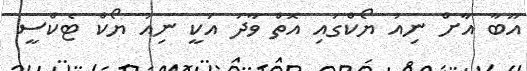
އޫބާ އާށް ނިއު ޔޯކްގައި އޮތް ވާދަ އަކީ ނިއު ޔޯކް ޓެކްސީ